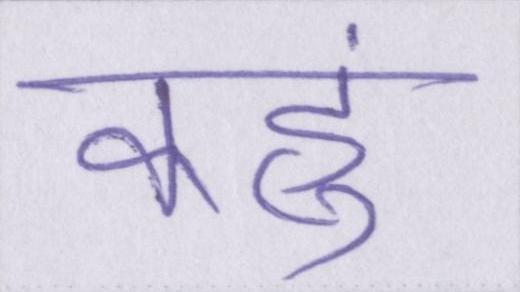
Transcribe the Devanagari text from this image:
कहुं